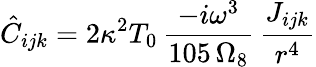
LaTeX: \hat{C}_{ijk}=2\kappa^{2}T_{0}\, \frac{-i\omega^{3}}{105\, \Omega_{8}}\, \frac{J_{ijk}}{r^{4}}